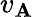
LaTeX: v_{\mathbf{A}}